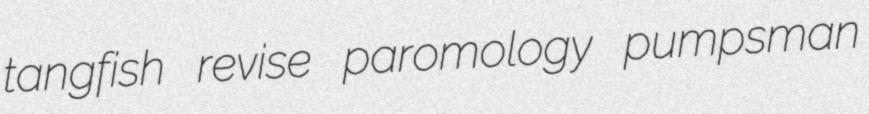
tangfish revise paromology pumpsman